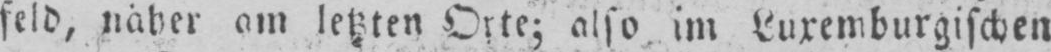
am letzten Orte; also im Luxemburgischen